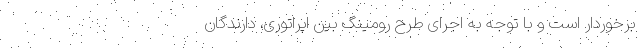
برخوردار است و با توجه به اجرای طرح رومینگ بین اپراتوری، دارندگان